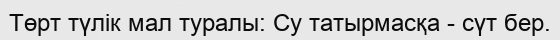
Төрт түлік мал туралы: Су татырмасқа - сүт бер.